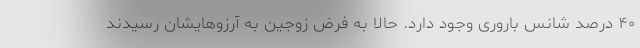
۴۰ درصد شانس باروری وجود دارد. حالا به فرض زوجین به آرزوهایشان رسیدند